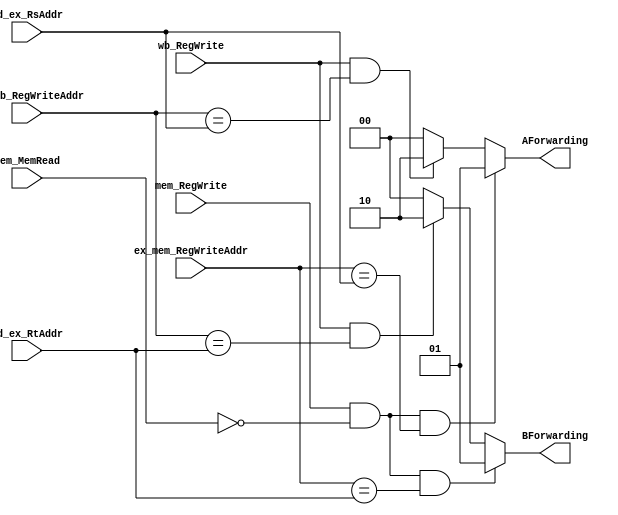
module Forwarding(
    input [4:0] ex_mem_RegWriteAddr,
    input [4:0] mem_wb_RegWriteAddr,
    input mem_MemRead,
    input mem_RegWrite,
    input wb_RegWrite,
    input [4:0] id_ex_RsAddr,
    input [4:0] id_ex_RtAddr,
    output [1:0] AForwarding,
    output [1:0] BForwarding
);

assign AForwarding = (mem_RegWrite & !mem_MemRead & (ex_mem_RegWriteAddr == id_ex_RsAddr)) ? 2'd1 :
                     (wb_RegWrite & (mem_wb_RegWriteAddr == id_ex_RsAddr))                 ? 2'd2 :
                                                                                             2'd0 ;
                                                                                             
assign BForwarding = (mem_RegWrite & !mem_MemRead & (ex_mem_RegWriteAddr == id_ex_RtAddr)) ? 2'd1 :
                     (wb_RegWrite & (mem_wb_RegWriteAddr == id_ex_RtAddr))                 ? 2'd2 :
                                                                                             2'd0 ;

endmodule